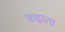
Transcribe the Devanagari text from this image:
कह्लाता